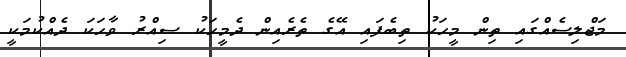
މަޖްލިސެއްގައި ތިން މީހަކު ތިބެފައި އޭގެ ތެރެއިން ދެމީހަކު ސިއްރު ވާހަކަ ދެއްކުމަކީ